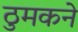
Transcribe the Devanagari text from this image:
ठुमकने